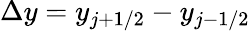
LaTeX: \Delta y=y_{j+1/2}-y_{j-1/2}